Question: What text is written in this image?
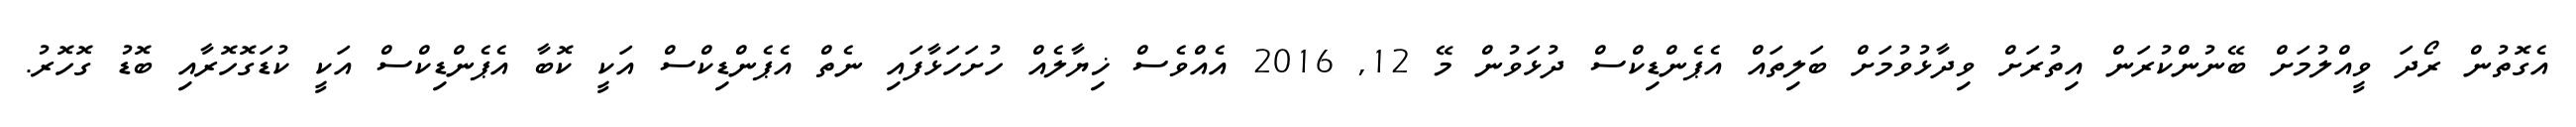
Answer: އެގޮތުން ރޯދަ ވީއްލުމަށް ބޭނުންކުރަން އިތުރަށް ވިދާޅުވުމަށް ބަލިތައް އެޕެންޑިކްސް ދުޅަވުން މޭ 12, 2016 އެއްވެސް ޚިޔާލެއް ހުށަހަޅާފައި ނެތް އެޕެންޑިކްސް އަކީ ކޮބާ އެޕެންޑިކްސް އަކީ ކުޑަގޮހޮރާއި ބޮޑު ގޮހޮރު.